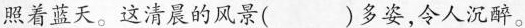
照着蓝天。这清晨的风景( )多姿，令人沉醉。